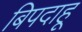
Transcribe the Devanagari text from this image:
बिपदाहू